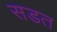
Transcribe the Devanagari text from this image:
सडत